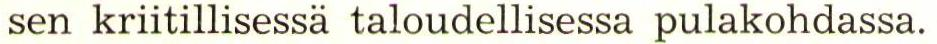
sen kriitillisessä taloudellisessa pulakohdassa.